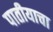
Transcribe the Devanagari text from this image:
पातीयाचा